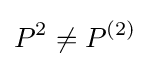
P^{2}\neq P^{(2)}